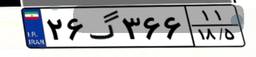
۵۷گ۵۸۹۸۵